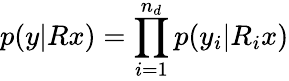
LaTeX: p(y|Rx)=\prod_{i=1}^{n_{d}}p(y_{i}|R_{i}x)